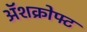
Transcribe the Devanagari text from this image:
ॲशक्रोफ्ट